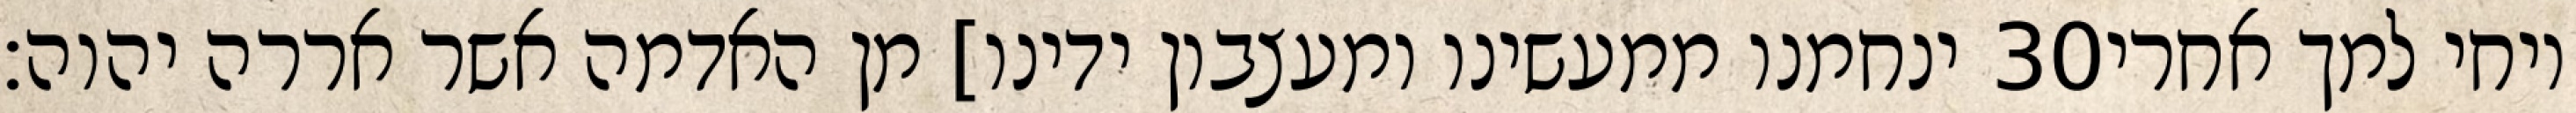
ינחמנו ממעשינו ומעצבון ידינו] מן האדמה אשר אררה יהוה׃ ‎30‏ ויחי למך אחרי